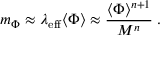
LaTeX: m _ { \Phi } \approx \lambda _ { \mathrm { e f f } } \langle \Phi \rangle \approx { \frac { \langle \Phi \rangle ^ { n + 1 } } { M ^ { n } } } \; .